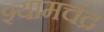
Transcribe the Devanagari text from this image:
श्यामचंद्र